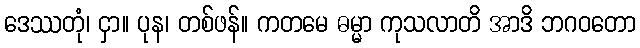
ဒေဿတုံ၊ ငှာ။ ပုန၊ တစ်ဖန်။ ကတမေ ဓမ္မာ ကုသလာတိ အာဒိ ဘဂဝတော